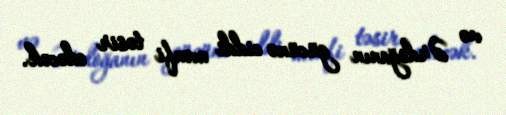
və Ərdoğanın gücünə ciddi mənfi təsir edəcək.